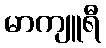
မာကျူရီ